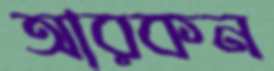
আরকন